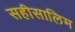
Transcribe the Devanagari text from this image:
सहीसालिम